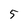
Character: 5